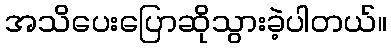
အသိပေးပြောဆိုသွားခဲ့ပါတယ်။